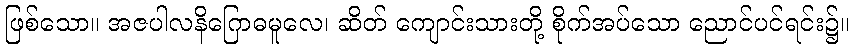
ဖြစ်သော။ အဇပါလနိဂြောဓမူလေ၊ ဆိတ် ကျောင်းသားတို့ စိုက်အပ်သော ညောင်ပင်ရင်း၌။